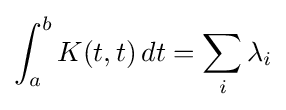
\int _{a}^{b}K(t,t)\,dt=\sum _{i}\lambda _{i}